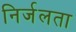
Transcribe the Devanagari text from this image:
निर्जलता